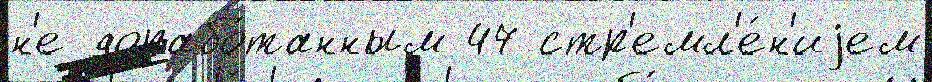
н'е дорабо́танным 47 стр'емл'е́н'иjем